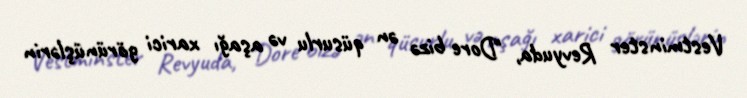
Vestminster Revyuda, "Dore bizə ən qüsurlu və aşağı xarici görünüşlərin